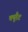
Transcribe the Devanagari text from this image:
क्यूरैट